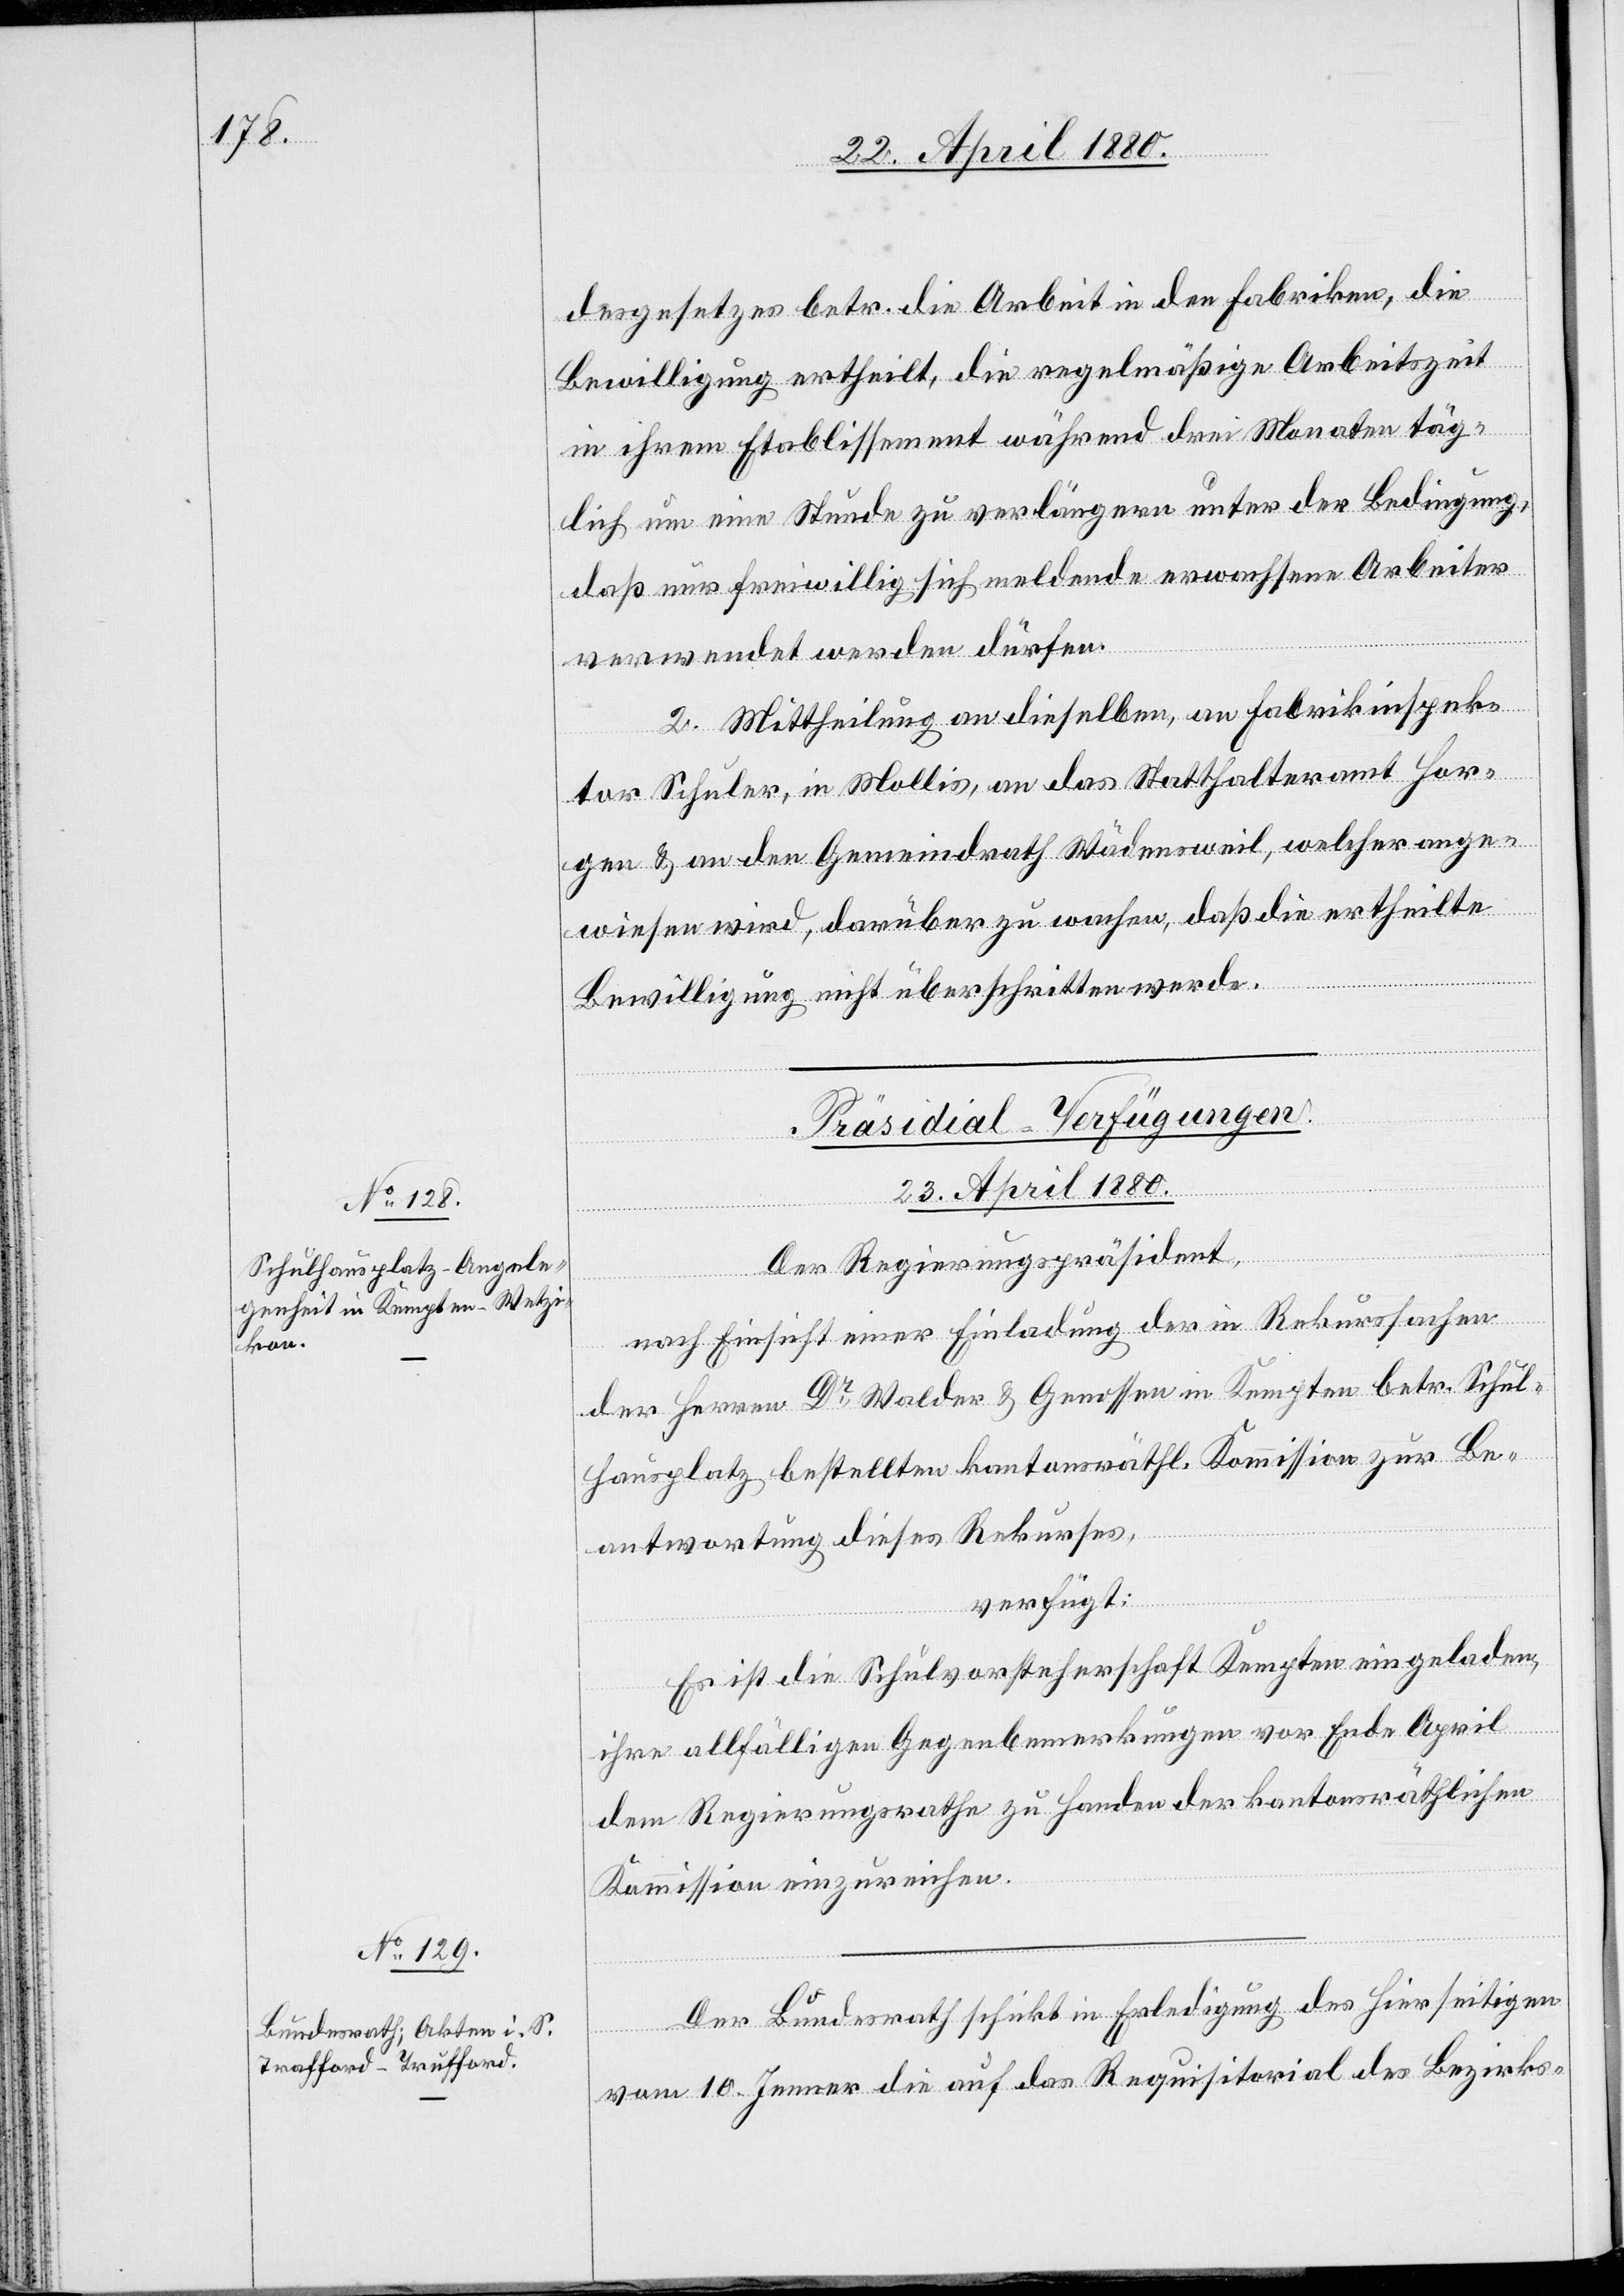
desgesetzes betr. die Arbeit in den Fabriken, die
Bewilligung ertheilt, die regelmäßige Arbeitszeit
in ihrem Etablissement während drei Monaten täg¬
lich um eine Stunde zu verlängern unter der Bedingung,
daß nur freiwillig sich meldende erwachsene Arbeiter
verwendet werden dürfen.
2. Mittheilung an dieselben, an Fabrikinspek¬
tor Schuler, in Mollis, an das Statthalteramt Hor¬
gen & an den Gemeindrath Wädensweil, welcher ange¬
wiesen wird, darüber zu wachen, daß die ertheilte
Bewilligung nicht überschritten werde.
[Präsidial-Verfügungen.
23. April 1880.]
Der Regierungspräsident,
nach Einsicht einer Einladung der in Rekurssachen
der Herren Dr Walder & Genossen in Kempten betr. Schul¬
hausplatz bestellten kantonsräthl. Kommission zur Be¬
antwortung dieses Rekurses,
verfügt:
Es ist die Schulvorsteherschaft Kempten eingeladen,
ihre allfälligen Gegenbemerkungen vor Ende April
dem Regierungsrathe zu Handen der kantonsräthlichen
Kommission einzureichen.
Der Bundesrath schickt in Erledigung des hierseitigen
vom 10. Jenner die auf das Requisitorial des Bezirks-